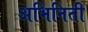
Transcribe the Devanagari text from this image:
अभिनिती